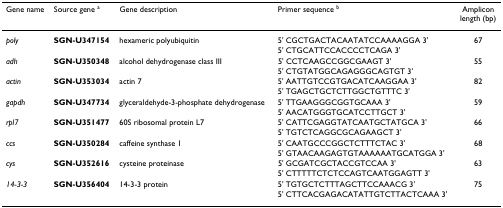
<table><thead><tr><td><b>Gene name</b></td><td><b>Source gene <sup>a</sup></b></td><td><b>Gene description</b></td><td><b>Primer sequence <sup>b</sup></b></td><td><b>Amplicon length (bp)</b></td></tr></thead><tbody><tr><td><i>poly</i></td><td><b>SGN-U347154</b></td><td>hexameric polyubiquitin</td><td>5&#x27; CGCTGACTACAATATCCAAAAGGA 3&#x27;</td><td>67</td></tr><tr><td></td><td></td><td></td><td>5&#x27; CTGCATTCCACCCCTCAGA 3&#x27;</td><td></td></tr><tr><td><i>adh</i></td><td><b>SGN-U350348</b></td><td>alcohol dehydrogenase class III</td><td>5&#x27; CCTCAAGCCGGCGAAGT 3&#x27;</td><td>55</td></tr><tr><td></td><td></td><td></td><td>5&#x27; CTGTATGGCAGAGGGCAGTGT 3&#x27;</td><td></td></tr><tr><td><i>actin</i></td><td><b>SGN-U353034</b></td><td>actin 7</td><td>5&#x27; AATTGTCCGTGACATCAAGGAA 3&#x27;</td><td>82</td></tr><tr><td></td><td></td><td></td><td>5&#x27; TGAGCTGCTCTTGGCTGTTTC 3&#x27;</td><td></td></tr><tr><td><i>gapdh</i></td><td><b>SGN-U347734</b></td><td>glyceraldehyde-3-phosphate dehydrogenase</td><td>5&#x27; TTGAAGGGCGGTGCAAA 3&#x27;</td><td>59</td></tr><tr><td></td><td></td><td></td><td>5&#x27; AACATGGGTGCATCCTTGCT 3&#x27;</td><td></td></tr><tr><td><i>rpl7</i></td><td><b>SGN-U351477</b></td><td>60S ribosomal protein L7</td><td>5&#x27; CATTCGAGGTATCAATGCTATGCA 3&#x27;</td><td>66</td></tr><tr><td></td><td></td><td></td><td>5&#x27; TGTCTCAGGCGCAGAAGCT 3&#x27;</td><td></td></tr><tr><td><i>ccs</i></td><td><b>SGN-U350284</b></td><td>caffeine synthase 1</td><td>5&#x27; CAATGCCCGGCTCTTTCTAC 3&#x27;</td><td>68</td></tr><tr><td></td><td></td><td></td><td>5&#x27; GTAACAAGAGTGTAAAAAATGCATGGA 3&#x27;</td><td></td></tr><tr><td><i>cys</i></td><td><b>SGN-U352616</b></td><td>cysteine proteinase</td><td>5&#x27; GCGATCGCTACCGTCCAA 3&#x27;</td><td>63</td></tr><tr><td></td><td></td><td></td><td>5&#x27; CTTTTTCTCTCCAGTCAATGGAGTT 3&#x27;</td><td></td></tr><tr><td><i>14-3-3</i></td><td><b>SGN-U356404</b></td><td>14-3-3 protein</td><td>5&#x27; TGTGCTCTTTAGCTTCCAAACG 3&#x27;</td><td>75</td></tr><tr><td></td><td></td><td></td><td>5&#x27; CTTCACGAGACATATTGTCTTACTCAAA 3&#x27;</td><td></td></tr></tbody></table>